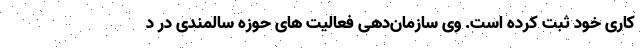
کاری خود ثبت کرده است. وی سازمان‌دهی فعالیت های حوزه سالمندی در د